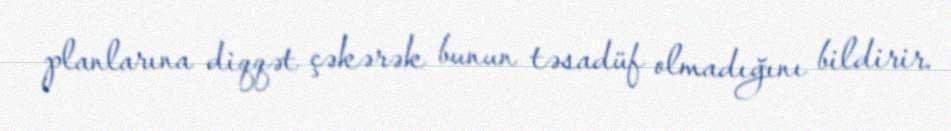
planlarına diqqət çəkərək bunun təsadüf olmadığını bildirir.